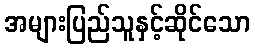
အများပြည်သူနှင့်ဆိုင်သော